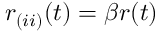
r _ { ( i i ) } ( t ) = \beta r ( t )